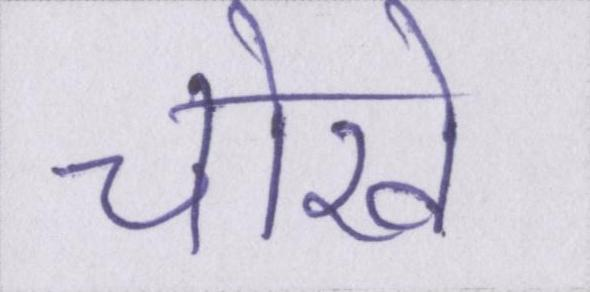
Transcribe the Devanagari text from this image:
चोखे